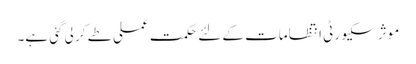
موثر سکیورٹی انتظامات کے لئے حکمت عملی طے کر لی گئی ہے۔